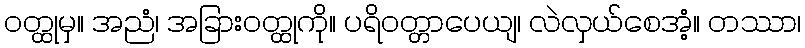
ဝတ္ထုမှ။ အညံ၊ အခြားဝတ္ထုကို။ ပရိဝတ္တာပေယျ၊ လဲလှယ်စေအံ့။ တဿာ၊